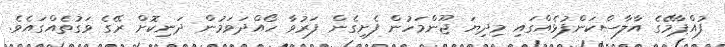
ފުއްޕާމޭގެ އާލާސްކަންފުޅެއްގައި މިދިޔަ ޖޫންމަހުން ފެށިގެން ފަރުވާ ހޯއްދަވަމުން ދަނިކޮށް ރޭގެ ވަގުތެއްގައެވެ.